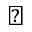
\diagup